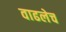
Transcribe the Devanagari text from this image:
वाढलेच